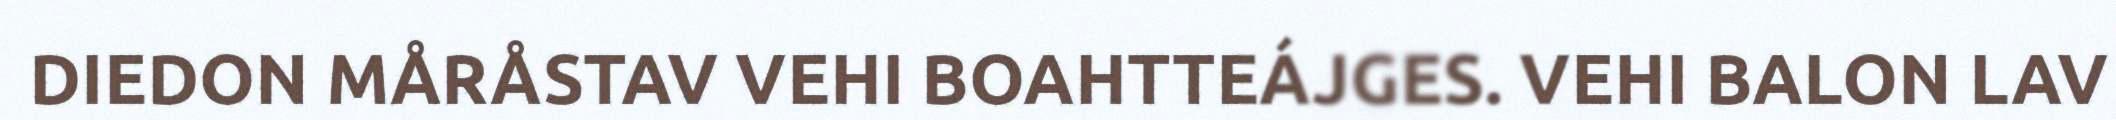
DIEDON MÅRÅSTAV VEHI BOAHTTEÁJGES. VEHI BALON LAV